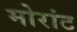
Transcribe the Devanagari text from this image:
मोरांट